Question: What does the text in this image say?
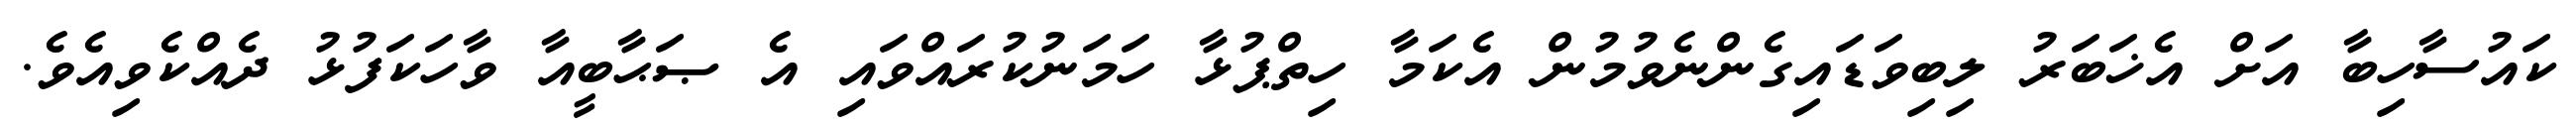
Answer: ކައުސާހިބާ އަށް އެޚަބަރު ލިބިވަޑައިގެންނެވުމުން އެކަމާ ހިތްޕުޅާ ހަމަނުކުރައްވައި އެ ޞަޙާބީއާ ވާހަކަފުޅު ދެއްކެވިއެވެ.